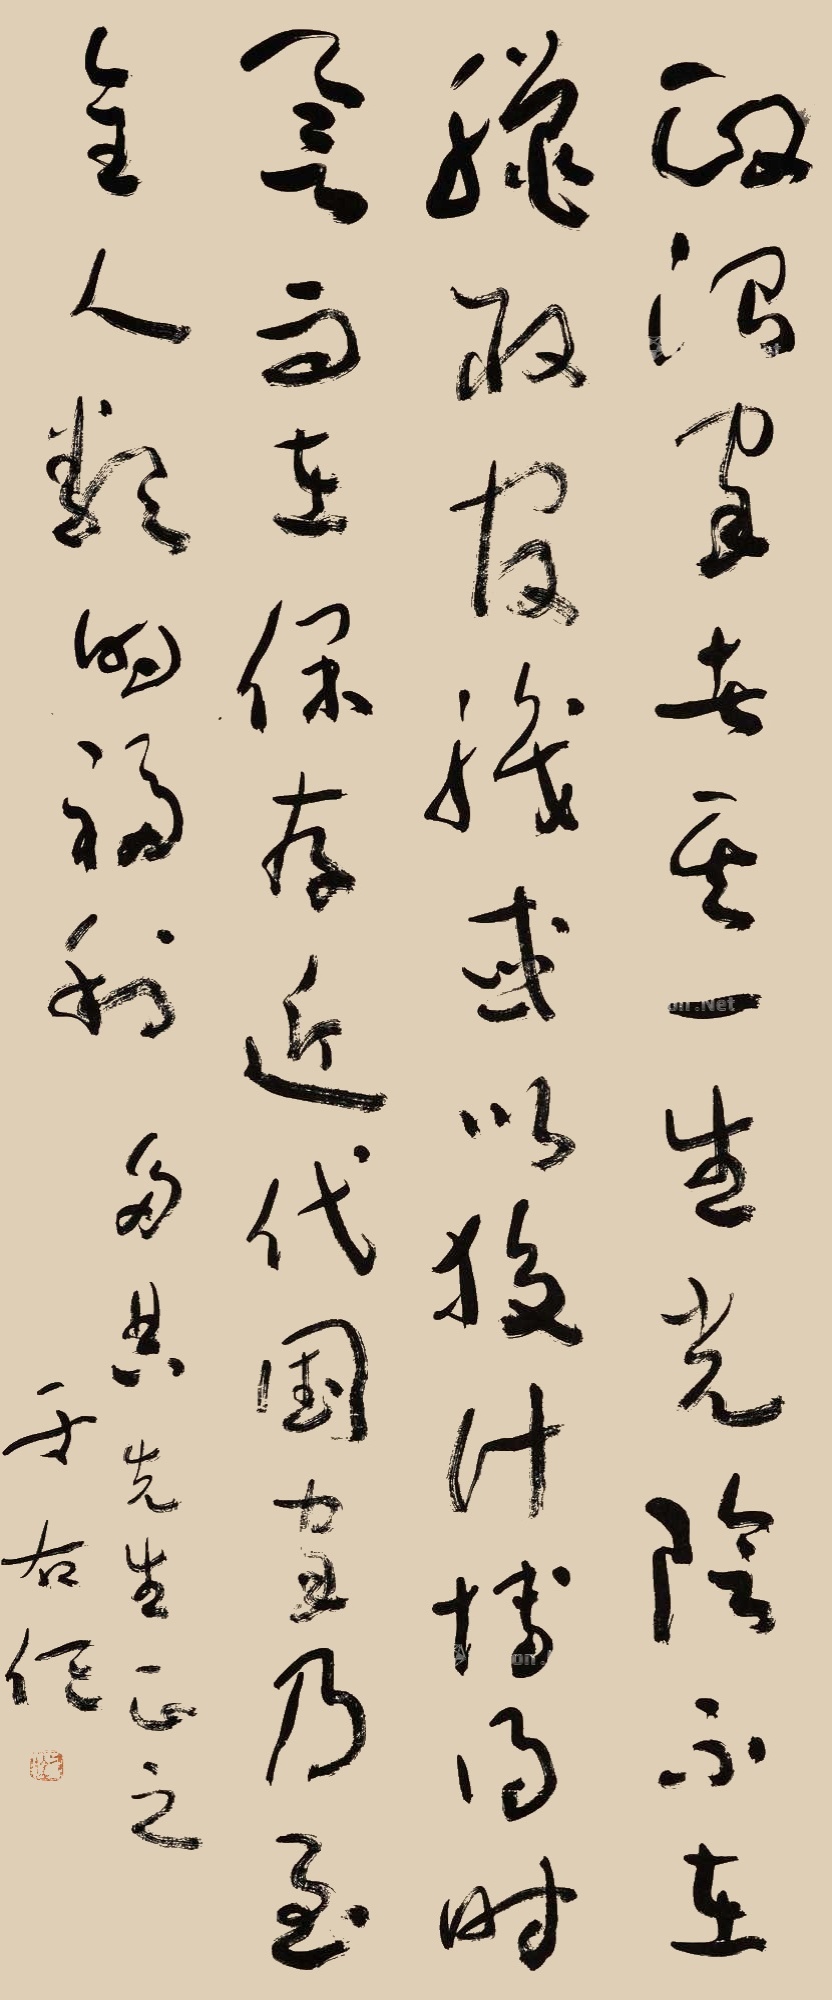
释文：政治家者其一生光阴不在猎取官职，或以狡计博得时誉而在保存近代国家乃至全人类的福利。多典先生正之，于右任。